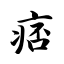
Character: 痞